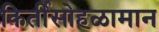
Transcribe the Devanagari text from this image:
किर्तीसोहळामान